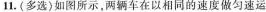
11.(多选)如图所示，两辆车在以相同的速度做匀速运